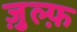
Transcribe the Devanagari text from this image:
ज़ुल्फ़